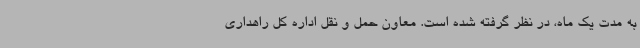
به مدت یک ماه، در نظر گرفته شده است. معاون حمل و نقل اداره کل راهداری